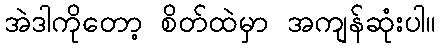
အဲဒါကိုတော့ စိတ်ထဲမှာ အကျန်ဆုံးပါ။